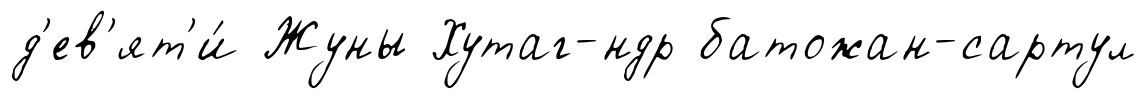
д'ев'ят'и́ Жуны Хутаг-ндр батожан-сартул